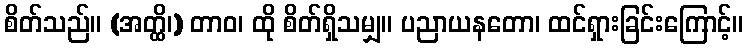
စိတ်သည်။ (အတ္ထိ၊) တာဝ၊ ထို စိတ်ရှိသမျှ။ ပညာယနတော၊ ထင်ရှားခြင်းကြောင့်။